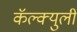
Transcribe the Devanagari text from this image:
कॅल्क्युली